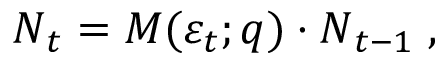
\boldsymbol { N } _ { t } = \boldsymbol { M } ( \varepsilon _ { t } ; \boldsymbol { q } ) \cdot \boldsymbol { N } _ { t - 1 } \; ,